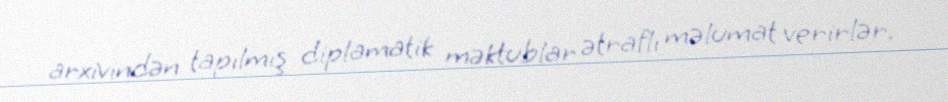
arxivindən tapılmış diplamatik məktublar ətraflı məlumat verirlər.